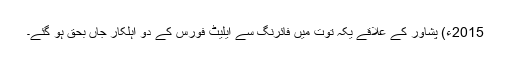
2015ء) پشاور کے علاقے یکہ توت میں فائرنگ سے ایلیٹ فورس کے دو اہلکار جاں بحق ہو گئے۔